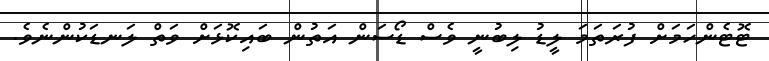
ޓޮޓެންހަމަށް ފުރަތަމަ ލީޑު ލިބުނީ ވެސް ޑޯސަން އަތުން ބައިކޮޅަށް ވަތް ލަނޑަކުންނެވެ.